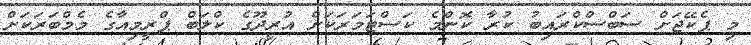
މި ޕެކޭޖަށް ސަބްސްކްރައިބު ކުރާ ކޮންމެ ކަސްޓަމަރަކަށް އުރީދޫގެ ކްލަބް ޕްރީމިއާގެ މެމްބަރަކަށް